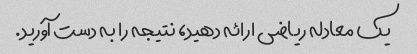
یک معادله ریاضی ارائه دهید، نتیجه را به دست آورید.